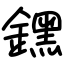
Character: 𨭆